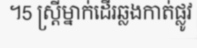
។5 ស្ត្រីម្នាក់ដើរឆ្លងកាត់ផ្លូវ